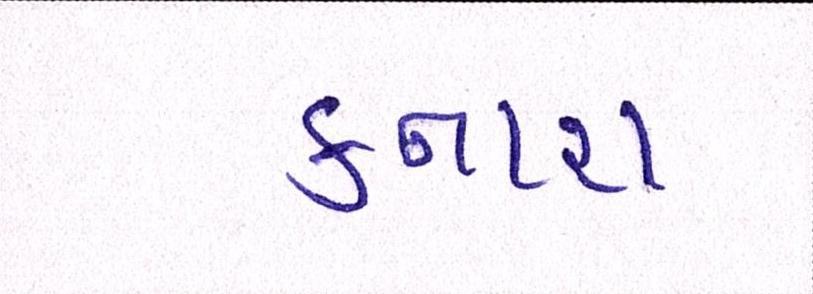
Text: કનારા